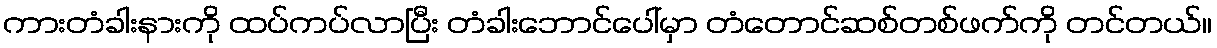
ကားတံခါးနားကို ထပ်ကပ်လာပြီး တံခါးဘောင်ပေါ်မှာ တံတောင်ဆစ်တစ်ဖက်ကို တင်တယ်။